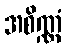
အစိဏ္ဏံ